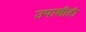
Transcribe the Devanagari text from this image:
उपाशीही